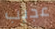
عجيب